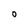
Character: O